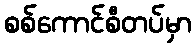
စစ်ကောင်စီတပ်မှာ